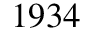
1 9 3 4